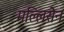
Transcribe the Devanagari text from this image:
मल्लिसेन